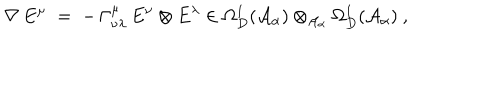
\nabla \, E ^ { \mu } \; = \; - \, \Gamma _ { \nu \lambda } ^ { \mu } \, E ^ { \nu } \otimes E ^ { \lambda } \in \Omega _ { D } ^ { 1 } ( { \mathcal A } _ { \alpha } ) \otimes _ { { \mathcal A } _ { \alpha } } \Omega _ { D } ^ { 1 } ( { \mathcal A } _ { \alpha } ) \ ,